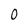
Character: 0